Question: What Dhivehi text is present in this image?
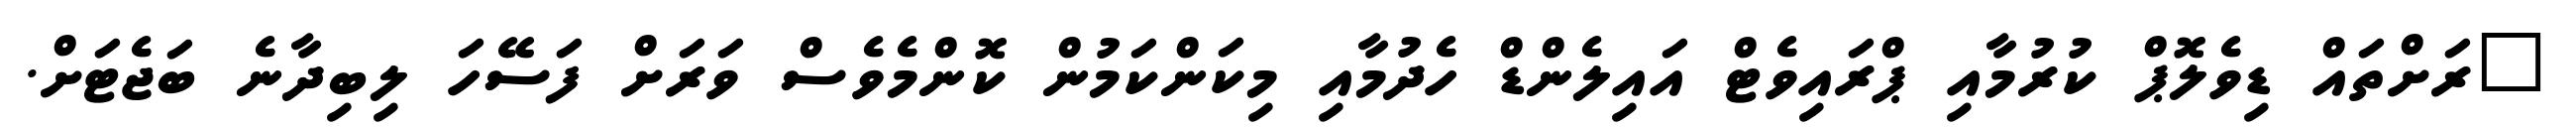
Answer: "ރަށްތައް ޑިވެލޮޕް ކުރުމާއި ޕްރައިވެޓް އައިލެންޑް ހެދުމާއި މިކަންކަމުން ކޮންމެވެސް ވަރަށް ފަސޭހަ ލިބިދާނެ ބަޖެޓަށް.